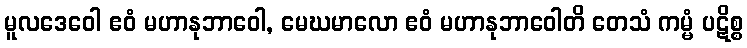
မူလဒေဝေါ ဧဝံ မဟာနုဘာဝေါ, မေဃမာလော ဧဝံ မဟာနုဘာဝေါတိ တေသံ ကမ္မံ ပဋိစ္စ